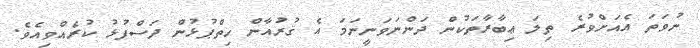
ނުވަތަ އެއަށްވުރެ ތިލަ ޢިބާރާތަކުން ދަންނަވަނީނަމަ އެ ޤުރުއާން ހިތްޕުޅުން ދަސްފުޅު ކުރެއްވިއެވެ.